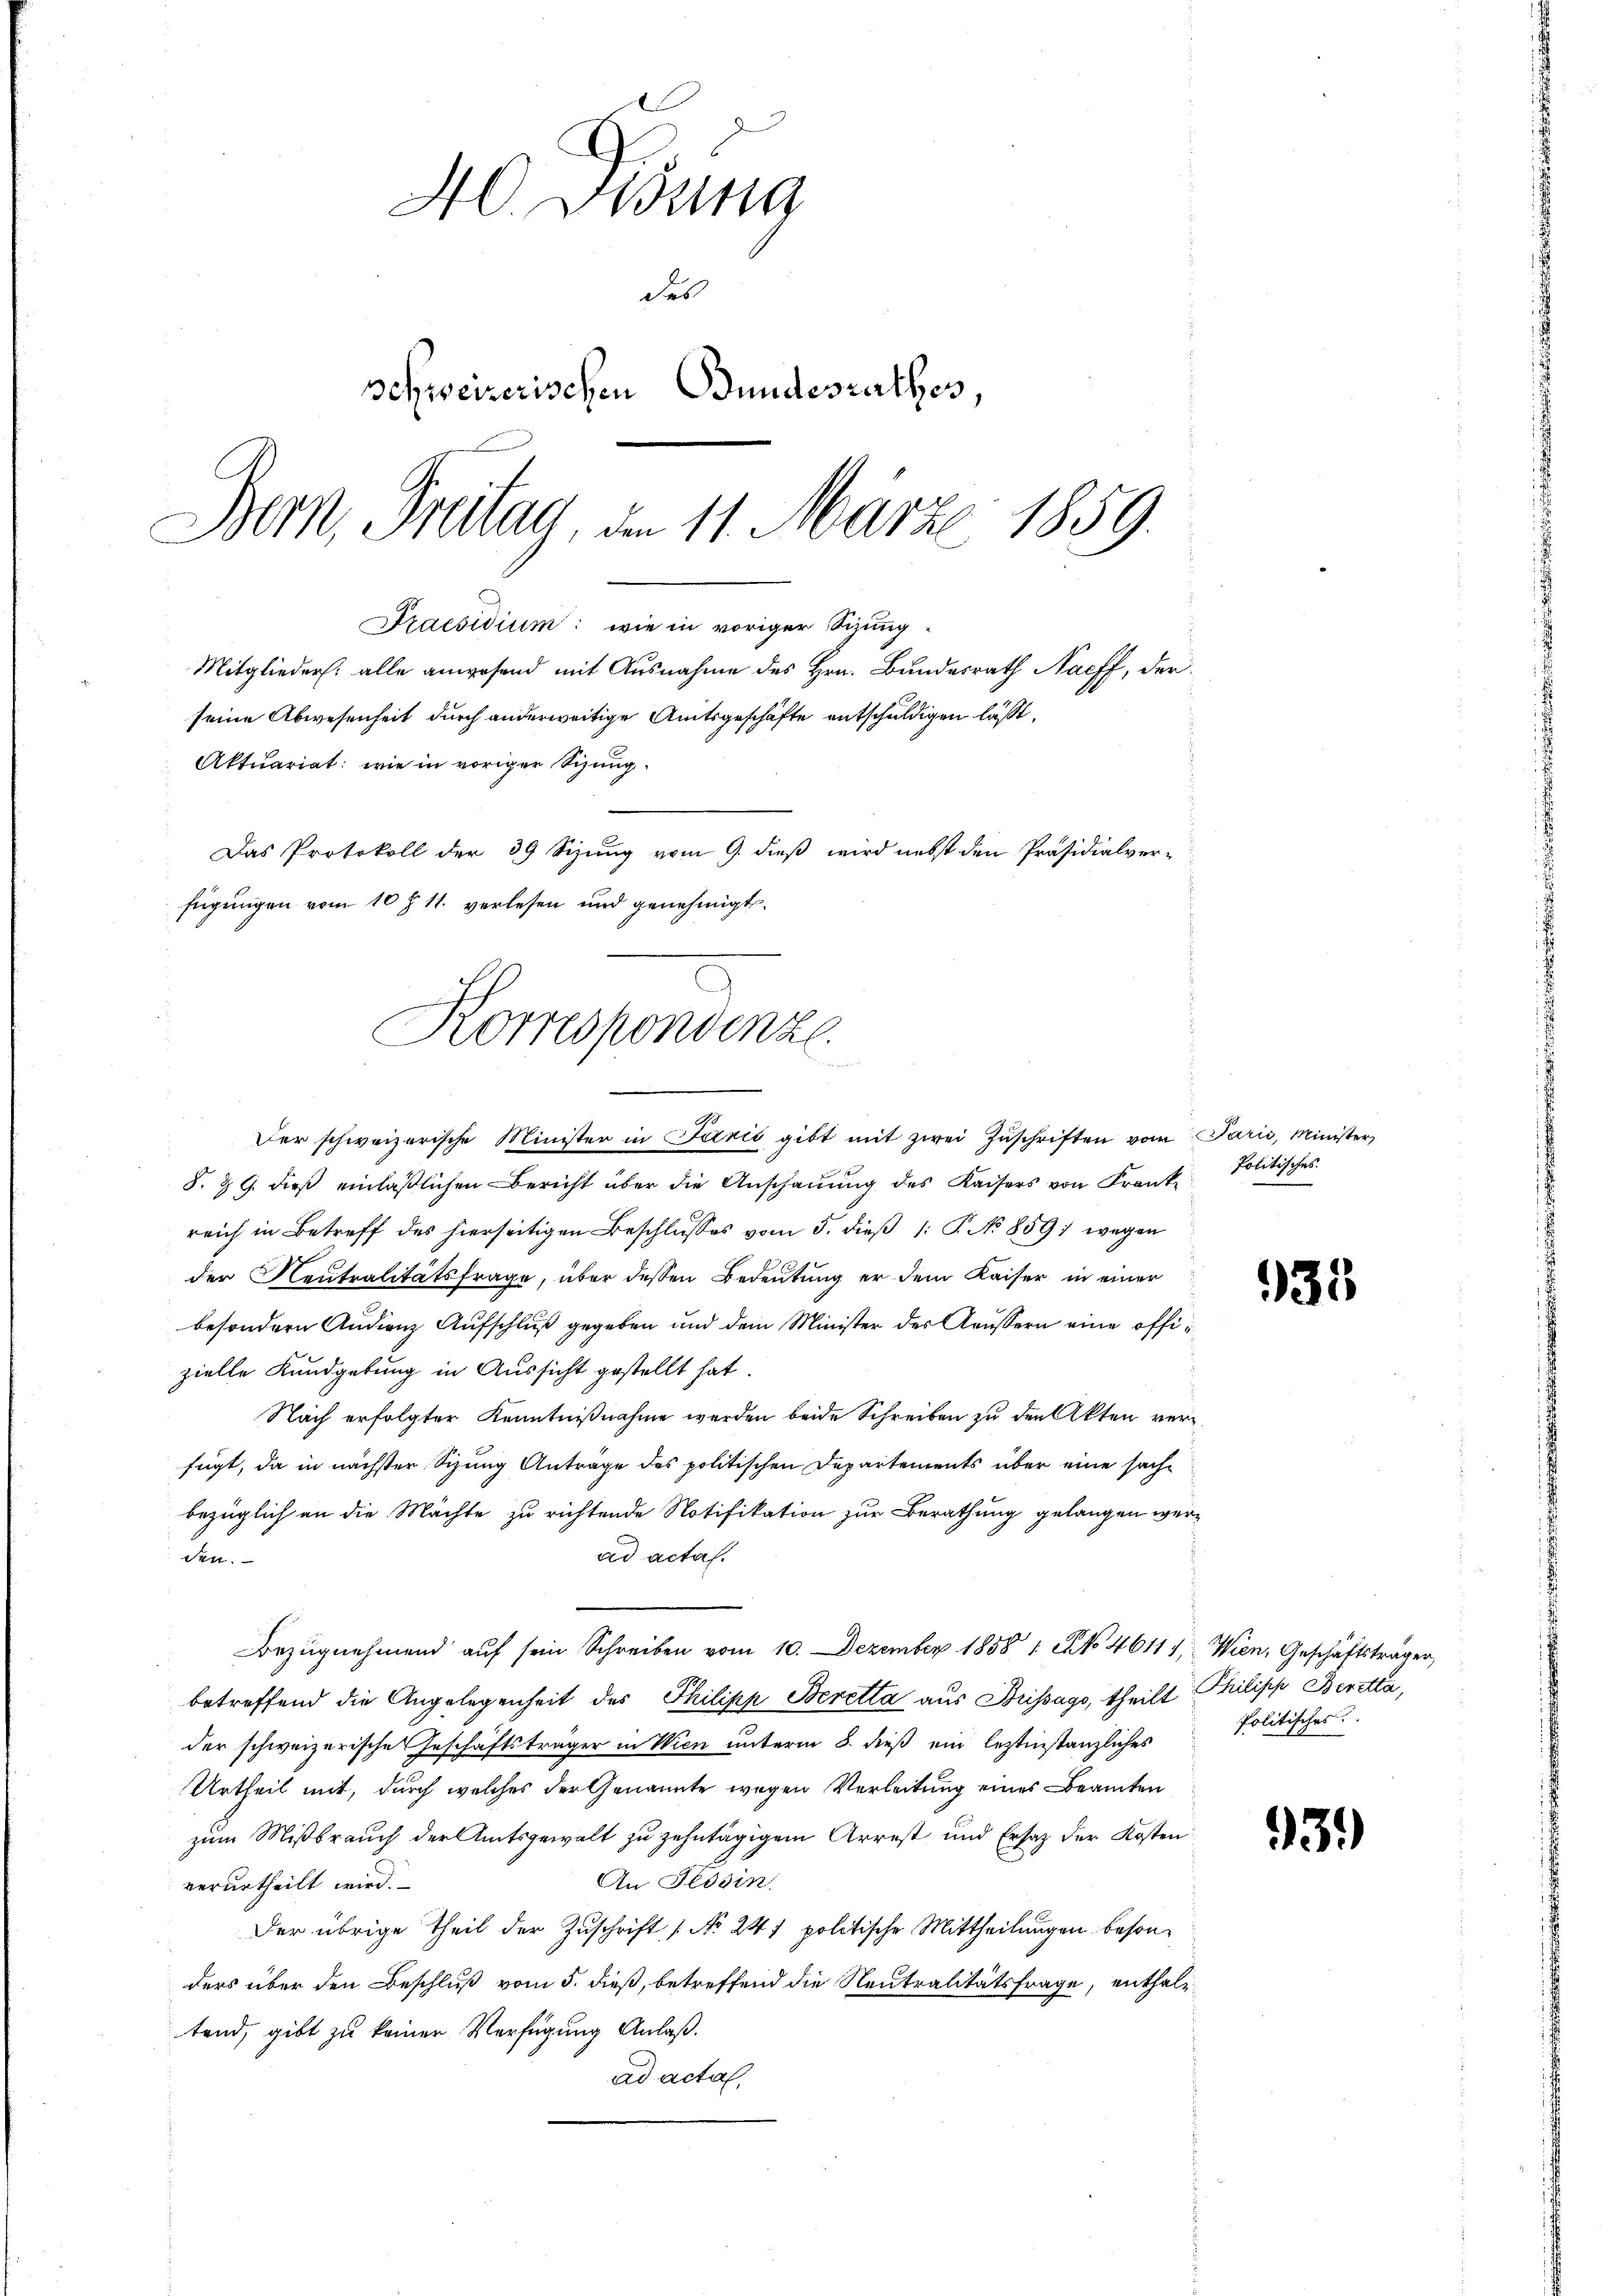
40. Febung
des
schweizerischen Bundesrathes,
Bern, Freitag, den 11. März 1859.

seine Abwesenheit durch anderweitige Amtsgeschäfte entschuldigen läßt,
Aktuariat: wie in voriger Sihung
Das Protokoll der 39 Sizung vom 9. dieß wird nebst den Präsidialverfügungen vom 10 f 11. verlesen und genehmigt.
Korrespondenze
n

Praesidium: wie in voriger Sizung¬
Mitglieder: alle anwesend mit Ausnahme des Hrn. Bundesrath Nacff, der

Der schweizerische Minister in Jazić gibt mit zwei Zŭschriften vom Paris, Minister
8. & 9. dieβ einläβlichen Bericht über die Anschaŭŭng des Kaisers von Frank- Politisches
reich in Betreff des hierseitigen Beschlŭsses vom 5. dieβ 1: P. No 859 wegen
der Neutralitätsfrage, über dessen Bedeutung er dem Kaiser in einer
besondern Audienz Aufschluß gegeben und dem Minister des Aeussern eine offizielle Kundgebung in Aussicht gestellt hat.
Nach erfolgter Kenntnißnahme werden beide Schreiben zu den Akten verfügt, da in nächster Sizung Anträge des politischen Departements über eine sachbezüglich an die Mächte zu richtende Notifikation zur Berathung gelangen werad acta.
den.
Bezugnehmend auf sein Schreiben vom 10. Dezember 1858 1 S. 4611) Wien, Geschäftsträger,
betreffend die Angelegenheit des Philipp Beretta aus Bussago, theilt Philipp Beretta,
der schweizerische Geschäftsträger in Wien unterm 8. dieß ein leztinstanzliches
Urtheil mit, durch welches der Genannte wegen Verleitung eines Beamten
zum Mißbrauch der Amtsgewalt zu zehntägigem Arrest und Ersatz der Kosten
An Tessin.
verurtheilt wird.
Der übrige Theil der Zuschrift [No 247 politische Mittheilungen besonders über den Beschluß vom 5. dieß, betreffend die Neutralitätsfrage, enthaltend, gibt zu keiner Verfügung Anlaß.
ad acta,

935

Politisches

93.)